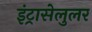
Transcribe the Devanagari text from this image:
इंट्रासेलुलर